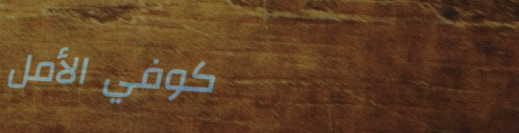
كوفي الأمل